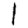
Digit: 1